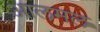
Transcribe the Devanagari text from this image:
आलमल